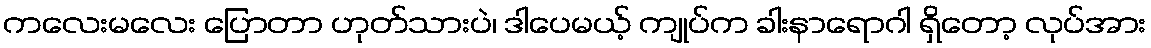
ကလေးမလေး ပြောတာ ဟုတ်သားပဲ၊ ဒါပေမယ့် ကျုပ်က ခါးနာရောဂါ ရှိတော့ လုပ်အား